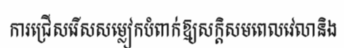
ការជ្រើសរើសសម្លៀកបំពាក់ឱ្យសក្តិសមពេលវេលានិង